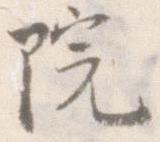
院